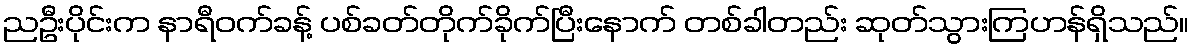
ညဦးပိုင်းက နာရီဝက်ခန့် ပစ်ခတ်တိုက်ခိုက်ပြီးနောက် တစ်ခါတည်း ဆုတ်သွားကြဟန်ရှိသည်။